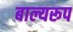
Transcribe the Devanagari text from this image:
बाल्यरूप